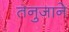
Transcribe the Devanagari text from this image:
तनुजाने